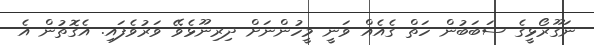
ނަގޫރޯޅީގެ ސަބަބުން ހަތް ގެއެއް ވަނީ މީހުންނަށް ދިރިނޫޅެވޭ ވަރުވެފައި. އެގޮތުން އެ